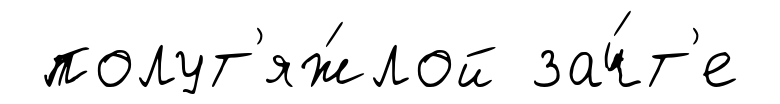
полут'яж́лой зач́т'е